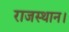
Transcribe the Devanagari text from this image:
राजस्थान।